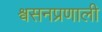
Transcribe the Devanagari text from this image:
श्वसनप्रणाली